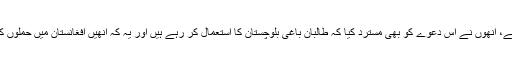
'وائس آف امریکہ' سے بات کرتے ہوئے، اُنھوں نے اِس دعوے کو بھی مسترد کیا کہ طالبان باغی بلوچستان کا استعمال کر رہے ہیں اور یہ کہ اُنھیں افغانستان میں حملوں کی تربیت اور رقوم فراہم کی جاتی ہیں۔